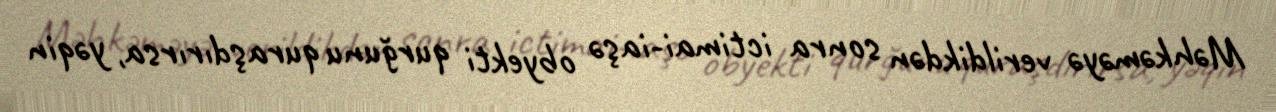
Məhkəməyə verildikdən sonra ictimai-iaşə obyekti qurğunu quraşdırırsa, yəqin